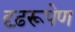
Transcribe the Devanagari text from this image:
दृढ़रूपेण